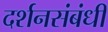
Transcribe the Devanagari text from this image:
दर्शनसंबंधी